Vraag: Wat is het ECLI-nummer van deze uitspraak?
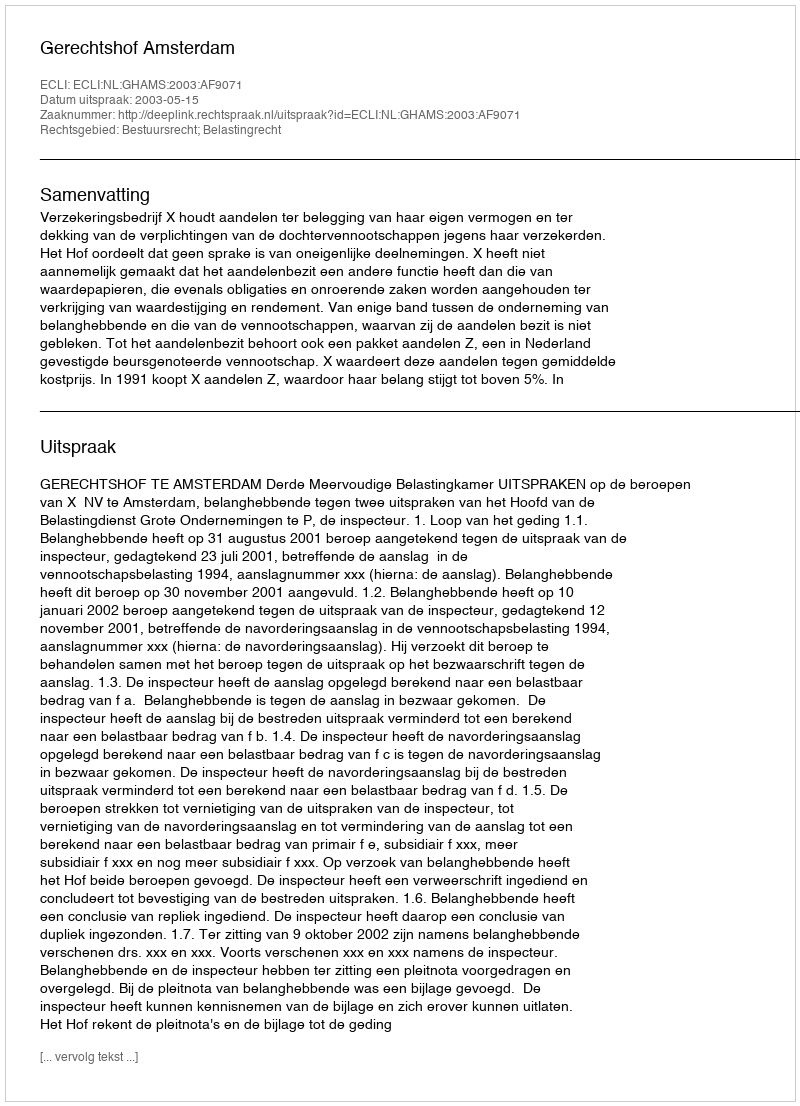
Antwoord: ECLI:NL:GHAMS:2003:AF9071